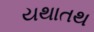
યથાતથ